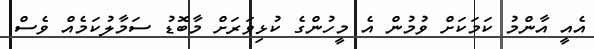
އެއީ އާންމު ކަމަކަށް ވުމުން އެ މީހުންގެ ކުޅިވަރަށް މާބޮޑު ސަމާލުކަމެއް ވެސް